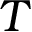
T